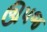
ઊપજ